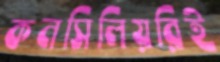
কনসিলিয়রিই